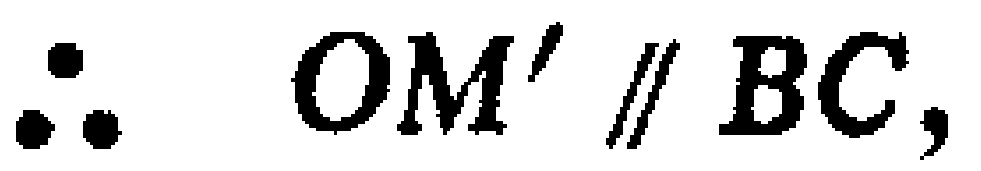
\(\therefore \quad OM' \parallel BC,\)